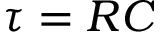
\tau = R C